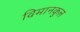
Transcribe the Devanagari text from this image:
विमानकुल